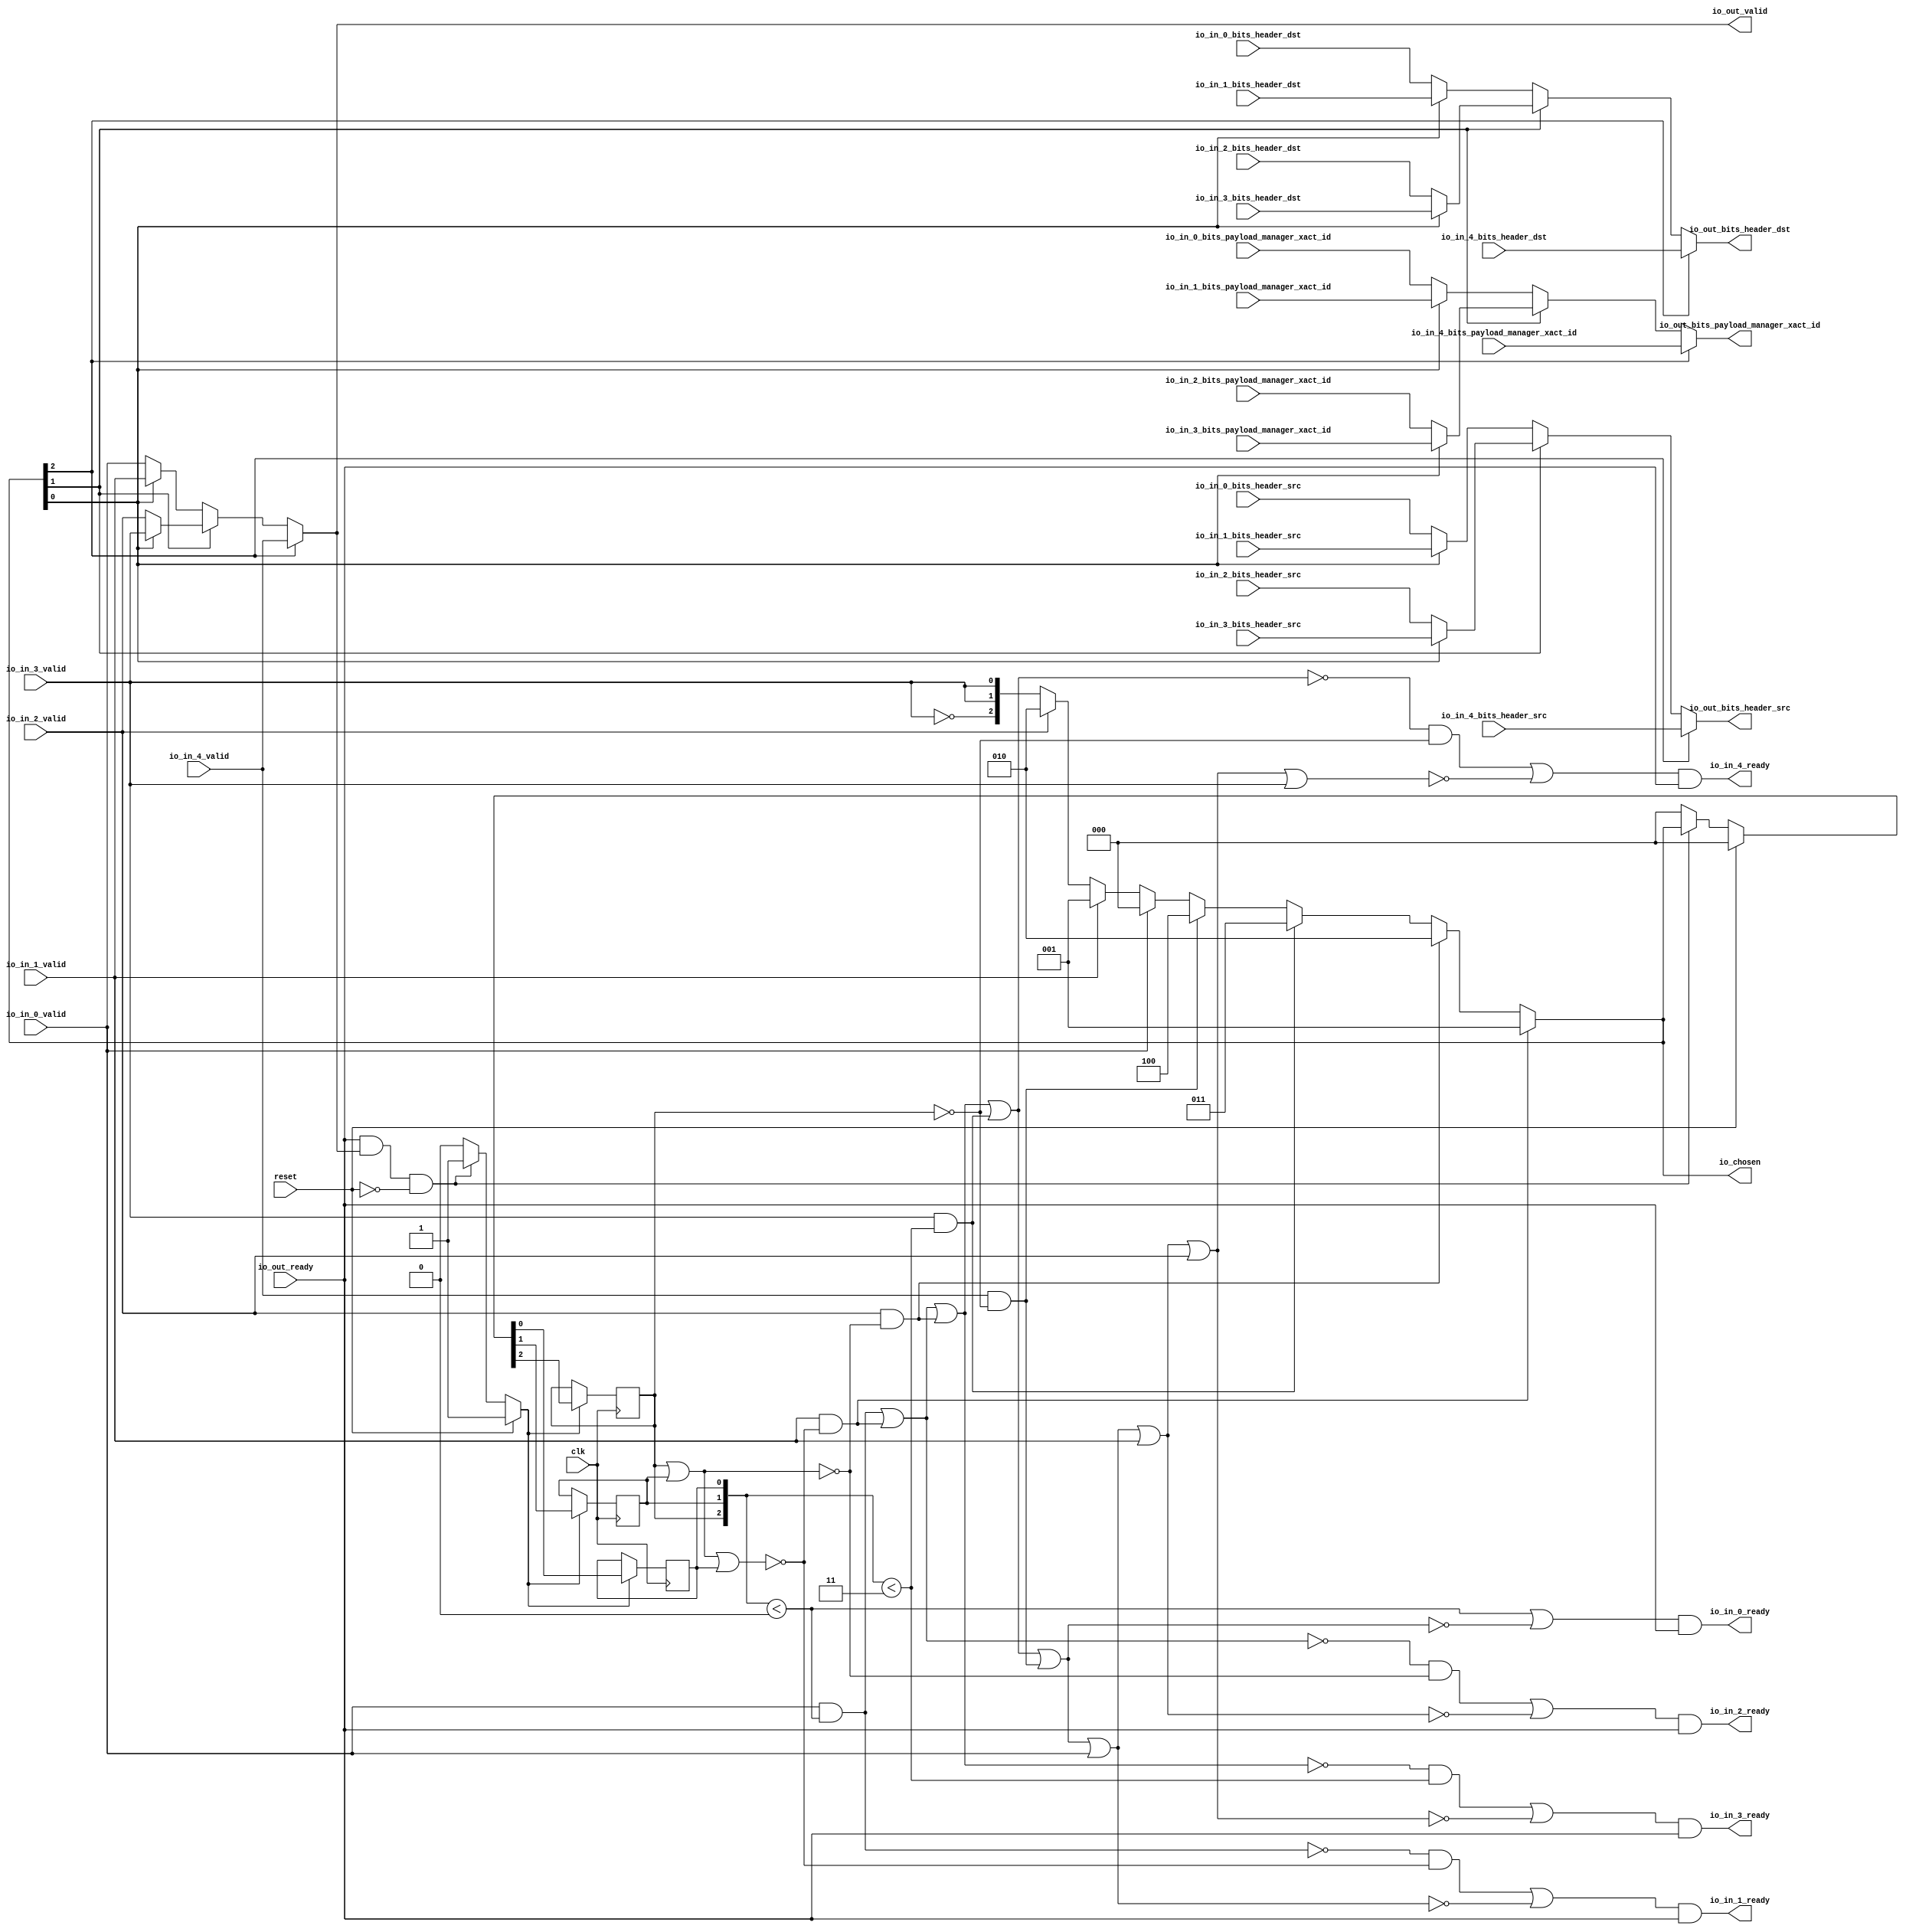
module LockingRRArbiter_9
(
  clk,
  reset,
  io_in_4_ready,
  io_in_4_valid,
  io_in_4_bits_header_src,
  io_in_4_bits_header_dst,
  io_in_4_bits_payload_manager_xact_id,
  io_in_3_ready,
  io_in_3_valid,
  io_in_3_bits_header_src,
  io_in_3_bits_header_dst,
  io_in_3_bits_payload_manager_xact_id,
  io_in_2_ready,
  io_in_2_valid,
  io_in_2_bits_header_src,
  io_in_2_bits_header_dst,
  io_in_2_bits_payload_manager_xact_id,
  io_in_1_ready,
  io_in_1_valid,
  io_in_1_bits_header_src,
  io_in_1_bits_header_dst,
  io_in_1_bits_payload_manager_xact_id,
  io_in_0_ready,
  io_in_0_valid,
  io_in_0_bits_header_src,
  io_in_0_bits_header_dst,
  io_in_0_bits_payload_manager_xact_id,
  io_out_ready,
  io_out_valid,
  io_out_bits_header_src,
  io_out_bits_header_dst,
  io_out_bits_payload_manager_xact_id,
  io_chosen
);

  input [2:0] io_in_4_bits_header_src;
  input [2:0] io_in_4_bits_header_dst;
  input [3:0] io_in_4_bits_payload_manager_xact_id;
  input [2:0] io_in_3_bits_header_src;
  input [2:0] io_in_3_bits_header_dst;
  input [3:0] io_in_3_bits_payload_manager_xact_id;
  input [2:0] io_in_2_bits_header_src;
  input [2:0] io_in_2_bits_header_dst;
  input [3:0] io_in_2_bits_payload_manager_xact_id;
  input [2:0] io_in_1_bits_header_src;
  input [2:0] io_in_1_bits_header_dst;
  input [3:0] io_in_1_bits_payload_manager_xact_id;
  input [2:0] io_in_0_bits_header_src;
  input [2:0] io_in_0_bits_header_dst;
  input [3:0] io_in_0_bits_payload_manager_xact_id;
  output [2:0] io_out_bits_header_src;
  output [2:0] io_out_bits_header_dst;
  output [3:0] io_out_bits_payload_manager_xact_id;
  output [2:0] io_chosen;
  input clk;
  input reset;
  input io_in_4_valid;
  input io_in_3_valid;
  input io_in_2_valid;
  input io_in_1_valid;
  input io_in_0_valid;
  input io_out_ready;
  output io_in_4_ready;
  output io_in_3_ready;
  output io_in_2_ready;
  output io_in_1_ready;
  output io_in_0_ready;
  output io_out_valid;
  wire [2:0] io_out_bits_header_src,io_out_bits_header_dst,io_chosen,T0,T1,T2,T3,T4,T5,T27,
  T30,T28,T35,T38,T36;
  wire [3:0] io_out_bits_payload_manager_xact_id,T18,T22,T19;
  wire io_in_4_ready,io_in_3_ready,io_in_2_ready,io_in_1_ready,io_in_0_ready,
  io_out_valid,N0,N1,N2,N3,N4,N5,N6,N7,N8,N9,N10,N11,N12,N13,N14,N15,N16,N17,N18,N19,N20,
  T15,N21,T13,N22,T11,N23,T7,N24,N25,N26,N27,N28,T8,T10,T12,T14,T16,N29,N30,N31,T43,
  T46,T44,T51,T67,T52,T53,T56,T54,T55,T59,T57,T58,T62,T60,T61,T65,T63,T64,T66,T69,
  T76,T70,T71,T72,T73,T74,T75,T78,T77,T80,T88,T81,T82,T83,T84,T85,T86,T87,T90,T89,
  T91,T93,T102,T94,T95,T96,T97,T98,T99,T100,T101,T104,T103,T105,T106,T108,T118,
  T109,T110,T111,T112,T113,T114,T115,T116,T117,T120,T119,T121,T122,T123,N32,N33,N34,
  N35,N36,N37,N38,N39,N40,N41,N42,N43,N44,N45,N46,N47,N48;
  wire [2:1] T6;
  reg [2:0] last_grant;
  assign T12 = last_grant < { 1'b1, 1'b1 };
  assign T58 = last_grant < { 1'b1, 1'b1 };
  assign T66 = last_grant < 1'b0;
  assign T67 = last_grant < 1'b0;
  assign T103 = last_grant < { 1'b1, 1'b1 };

  always @(posedge clk) begin
    if(N34) begin
      last_grant[2] <= N37;
    end 
  end


  always @(posedge clk) begin
    if(N34) begin
      last_grant[1] <= N36;
    end 
  end


  always @(posedge clk) begin
    if(N34) begin
      last_grant[0] <= N35;
    end 
  end

  assign io_chosen = (N0)? { 1'b0, 1'b0, 1'b1 } : 
                     (N1)? T0 : 1'b0;
  assign N0 = T15;
  assign N1 = N21;
  assign T0 = (N2)? { 1'b0, 1'b1, 1'b0 } : 
              (N3)? T1 : 1'b0;
  assign N2 = T13;
  assign N3 = N22;
  assign T1 = (N4)? { 1'b0, 1'b1, 1'b1 } : 
              (N5)? T2 : 1'b0;
  assign N4 = T11;
  assign N5 = N23;
  assign T2 = (N6)? { 1'b1, 1'b0, 1'b0 } : 
              (N7)? T3 : 1'b0;
  assign N6 = T7;
  assign N7 = N24;
  assign T3 = (N8)? { 1'b0, 1'b0, 1'b0 } : 
              (N9)? T4 : 1'b0;
  assign N8 = io_in_0_valid;
  assign N9 = N25;
  assign T4 = (N10)? { 1'b0, 1'b0, 1'b1 } : 
              (N11)? T5 : 1'b0;
  assign N10 = io_in_1_valid;
  assign N11 = N26;
  assign T5 = (N12)? { 1'b0, 1'b1, 1'b0 } : 
              (N13)? { T6, T6[1:1] } : 1'b0;
  assign N12 = io_in_2_valid;
  assign N13 = N27;
  assign io_out_bits_payload_manager_xact_id = (N14)? io_in_4_bits_payload_manager_xact_id : 
                                               (N15)? T18 : 1'b0;
  assign N14 = io_chosen[2];
  assign N15 = N29;
  assign T18 = (N16)? T22 : 
               (N17)? T19 : 1'b0;
  assign N16 = io_chosen[1];
  assign N17 = N30;
  assign T19 = (N18)? io_in_1_bits_payload_manager_xact_id : 
               (N19)? io_in_0_bits_payload_manager_xact_id : 1'b0;
  assign N18 = io_chosen[0];
  assign N19 = N31;
  assign T22 = (N18)? io_in_3_bits_payload_manager_xact_id : 
               (N19)? io_in_2_bits_payload_manager_xact_id : 1'b0;
  assign io_out_bits_header_dst = (N14)? io_in_4_bits_header_dst : 
                                  (N15)? T27 : 1'b0;
  assign T27 = (N16)? T30 : 
               (N17)? T28 : 1'b0;
  assign T28 = (N18)? io_in_1_bits_header_dst : 
               (N19)? io_in_0_bits_header_dst : 1'b0;
  assign T30 = (N18)? io_in_3_bits_header_dst : 
               (N19)? io_in_2_bits_header_dst : 1'b0;
  assign io_out_bits_header_src = (N14)? io_in_4_bits_header_src : 
                                  (N15)? T35 : 1'b0;
  assign T35 = (N16)? T38 : 
               (N17)? T36 : 1'b0;
  assign T36 = (N18)? io_in_1_bits_header_src : 
               (N19)? io_in_0_bits_header_src : 1'b0;
  assign T38 = (N18)? io_in_3_bits_header_src : 
               (N19)? io_in_2_bits_header_src : 1'b0;
  assign io_out_valid = (N14)? io_in_4_valid : 
                        (N15)? T43 : 1'b0;
  assign T43 = (N16)? T46 : 
               (N17)? T44 : 1'b0;
  assign T44 = (N18)? io_in_1_valid : 
               (N19)? io_in_0_valid : 1'b0;
  assign T46 = (N18)? io_in_3_valid : 
               (N19)? io_in_2_valid : 1'b0;
  assign N34 = (N20)? 1'b1 : 
               (N39)? 1'b1 : 
               (N33)? 1'b0 : 1'b0;
  assign N20 = reset;
  assign { N37, N36, N35 } = (N20)? { 1'b0, 1'b0, 1'b0 } : 
                             (N39)? io_chosen : 1'b0;
  assign N21 = ~T15;
  assign N22 = ~T13;
  assign N23 = ~T11;
  assign N24 = ~T7;
  assign N25 = ~io_in_0_valid;
  assign N26 = ~io_in_1_valid;
  assign N27 = ~io_in_2_valid;
  assign N28 = ~io_in_3_valid;
  assign T6[1] = io_in_3_valid;
  assign T6[2] = N28;
  assign T7 = io_in_4_valid & T8;
  assign T8 = ~last_grant[2];
  assign T10 = io_out_ready & io_out_valid;
  assign T11 = io_in_3_valid & T12;
  assign T13 = io_in_2_valid & T14;
  assign T14 = ~N40;
  assign N40 = last_grant[2] | last_grant[1];
  assign T15 = io_in_1_valid & T16;
  assign T16 = ~N42;
  assign N42 = N41 | last_grant[0];
  assign N41 = last_grant[2] | last_grant[1];
  assign N29 = ~io_chosen[2];
  assign N30 = ~io_chosen[1];
  assign N31 = ~io_chosen[0];
  assign io_in_0_ready = T51 & io_out_ready;
  assign T51 = T67 | T52;
  assign T52 = ~T53;
  assign T53 = T56 | T54;
  assign T54 = io_in_4_valid & T55;
  assign T55 = ~last_grant[2];
  assign T56 = T59 | T57;
  assign T57 = io_in_3_valid & T58;
  assign T59 = T62 | T60;
  assign T60 = io_in_2_valid & T61;
  assign T61 = ~N43;
  assign N43 = last_grant[2] | last_grant[1];
  assign T62 = T65 | T63;
  assign T63 = io_in_1_valid & T64;
  assign T64 = ~N45;
  assign N45 = N44 | last_grant[0];
  assign N44 = last_grant[2] | last_grant[1];
  assign T65 = io_in_0_valid & T66;
  assign io_in_1_ready = T69 & io_out_ready;
  assign T69 = T76 | T70;
  assign T70 = ~T71;
  assign T71 = T72 | io_in_0_valid;
  assign T72 = T73 | T54;
  assign T73 = T74 | T57;
  assign T74 = T75 | T60;
  assign T75 = T65 | T63;
  assign T76 = T78 & T77;
  assign T77 = ~N47;
  assign N47 = N46 | last_grant[0];
  assign N46 = last_grant[2] | last_grant[1];
  assign T78 = ~T65;
  assign io_in_2_ready = T80 & io_out_ready;
  assign T80 = T88 | T81;
  assign T81 = ~T82;
  assign T82 = T83 | io_in_1_valid;
  assign T83 = T84 | io_in_0_valid;
  assign T84 = T85 | T54;
  assign T85 = T86 | T57;
  assign T86 = T87 | T60;
  assign T87 = T65 | T63;
  assign T88 = T90 & T89;
  assign T89 = ~N48;
  assign N48 = last_grant[2] | last_grant[1];
  assign T90 = ~T91;
  assign T91 = T65 | T63;
  assign io_in_3_ready = T93 & io_out_ready;
  assign T93 = T102 | T94;
  assign T94 = ~T95;
  assign T95 = T96 | io_in_2_valid;
  assign T96 = T97 | io_in_1_valid;
  assign T97 = T98 | io_in_0_valid;
  assign T98 = T99 | T54;
  assign T99 = T100 | T57;
  assign T100 = T101 | T60;
  assign T101 = T65 | T63;
  assign T102 = T104 & T103;
  assign T104 = ~T105;
  assign T105 = T106 | T60;
  assign T106 = T65 | T63;
  assign io_in_4_ready = T108 & io_out_ready;
  assign T108 = T118 | T109;
  assign T109 = ~T110;
  assign T110 = T111 | io_in_3_valid;
  assign T111 = T112 | io_in_2_valid;
  assign T112 = T113 | io_in_1_valid;
  assign T113 = T114 | io_in_0_valid;
  assign T114 = T115 | T54;
  assign T115 = T116 | T57;
  assign T116 = T117 | T60;
  assign T117 = T65 | T63;
  assign T118 = T120 & T119;
  assign T119 = ~last_grant[2];
  assign T120 = ~T121;
  assign T121 = T122 | T57;
  assign T122 = T123 | T60;
  assign T123 = T65 | T63;
  assign N32 = T10 | reset;
  assign N33 = ~N32;
  assign N38 = ~reset;
  assign N39 = T10 & N38;

endmodule